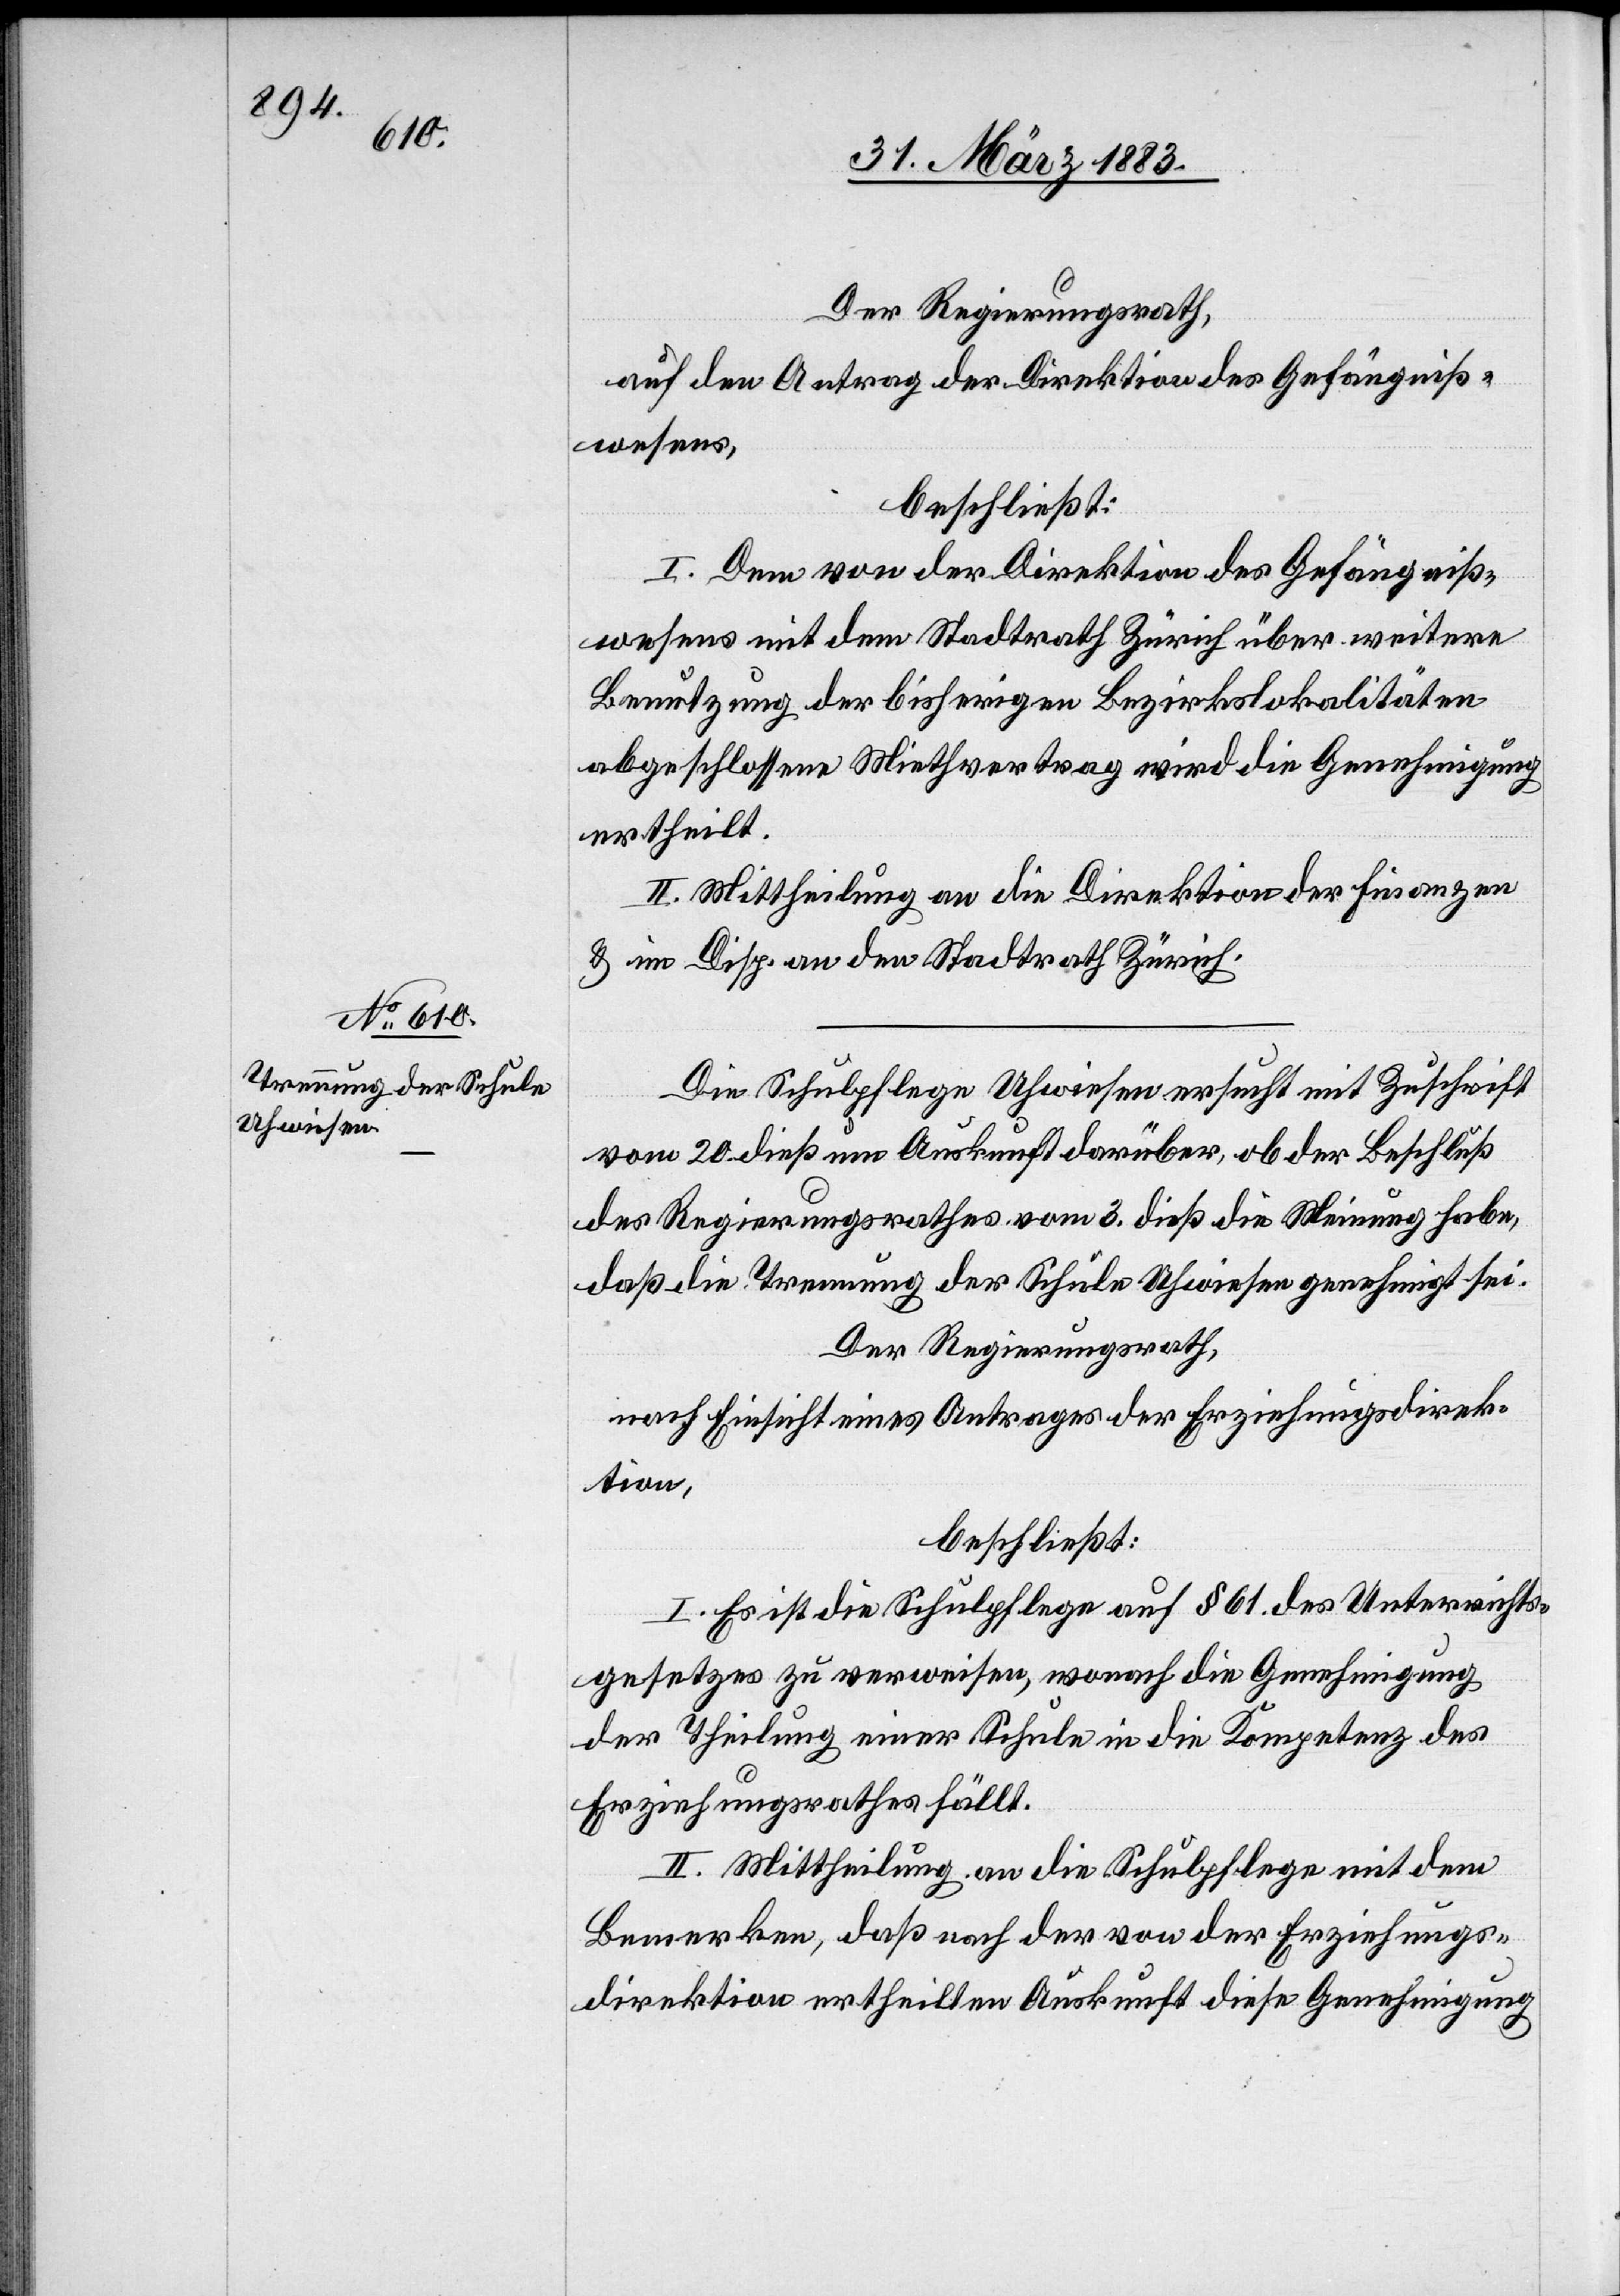
Der Regierungsrath,
auf den Antrag der Direktion des Gefängniß¬
wesens,
beschließt:
I. Dem von der Direktion des Gefängniß¬
wesens mit dem Stadtrath Zürich über weitere
Benutzung der bisherigen Bezirkslokalitäten
abgeschlossene[n] Miethvertrag wird die Genehmigung
ertheilt.
II. Mittheilung an die Direktion der Finanzen
& im Disp. an den Stadtrath Zürich.
Die Schulpflege Uhwiesen ersucht mit Zuschrift
vom 20. dieß um Auskunft darüber, ob der Beschluß
des Regierungsrathes vom 3. dieß die Meinung habe,
daß die Trennung der Schule Uhwiesen genehmigt sei.
Der Regierungsrath,
nach Einsicht eines Antrages der Erziehungsdirek¬
tion,
beschließt:
I. Es ist die Schulpflege auf § 61 des Unterrichts¬
gesetzes zu verweisen, wonach die Genehmigung
der Theilung einer Schule in die Kompetenz des
Erziehungsrathes fällt.
II. Mittheilung an die Schulpflege mit dem
Bemerken, daß nach der von der Erziehungs¬
direktion ertheilten Auskunft diese Genehmigung